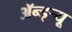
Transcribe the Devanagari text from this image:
ॲन्ड्र्‍यू